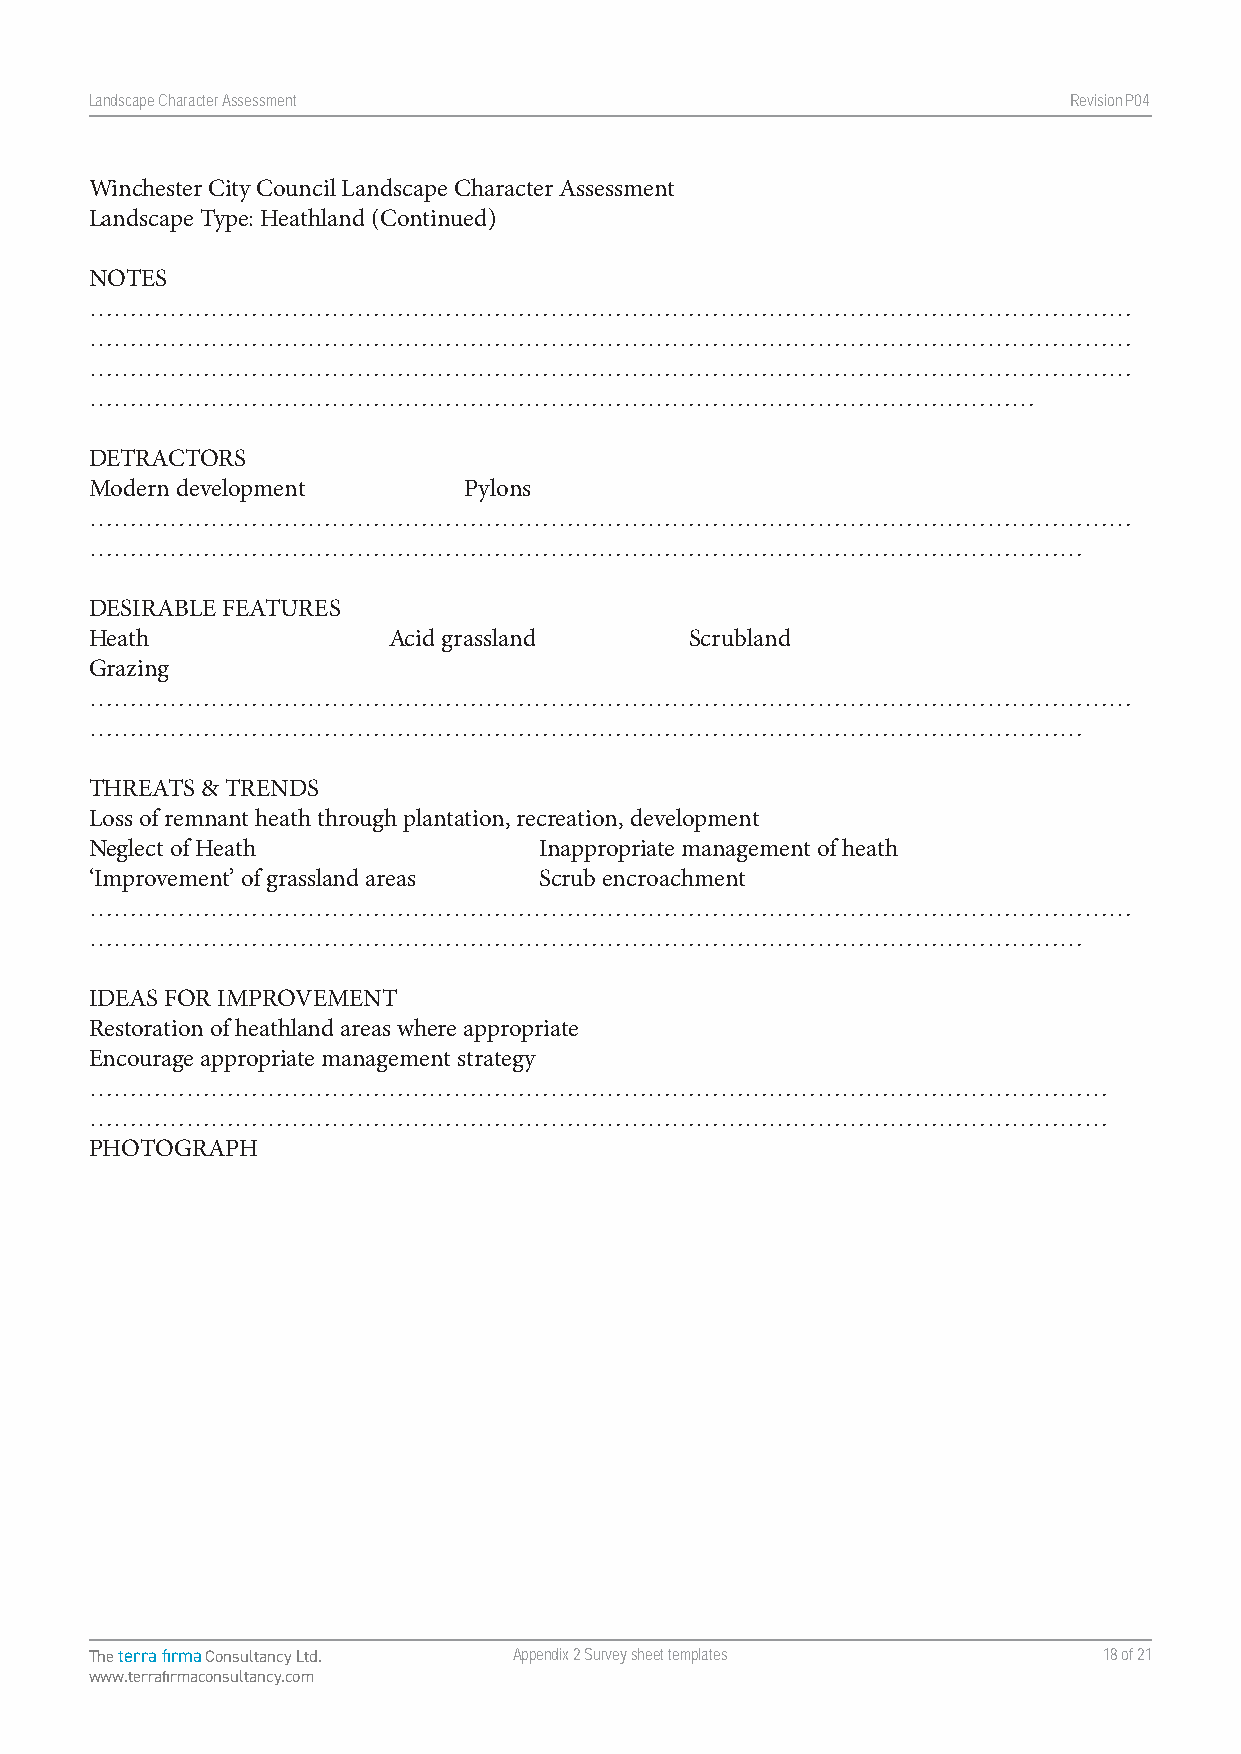
Landscape Character Assessment                                   RevisionP047
 Winchester City Council Landscape Character Assessment
 Landscape Type: Heathland (Continued)
 NOTES
 …………………………………………………………………………………………………………………
 …………………………………………………………………………………………………………………
 …………………………………………………………………………………………………………………
 ………………………………………………………………………………………………………
 DETRACTORS
 Modern development       Pylons
 …………………………………………………………………………………………………………………
 ……………………………………………………………………………………………………………
 DESIRABLE FEATURES
 Heath               Acid grassland      Scrubland
 Grazing
 …………………………………………………………………………………………………………………
 ……………………………………………………………………………………………………………
 THREATS & TRENDS
 Loss of remnant heath through plantation, recreation, development
 Neglect of Heath              Inappropriate management of heath
 ‘Improvement’ of grassland areas Scrub encroachment
 …………………………………………………………………………………………………………………
 ……………………………………………………………………………………………………………
 IDEAS FOR IMPROVEMENT
 Restoration of heathland areas where appropriate
 Encourage appropriate management strategy
 ………………………………………………………………………………………………………………
 ………………………………………………………………………………………………………………
 PHOTOGRAPH
 The terra firma Consultancy Ltd. Appendix 2 Survey sheet templates 18 of 21
 www.terrafirmaconsultancy.com